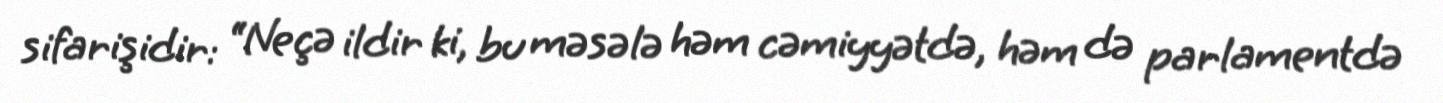
sifarişidir: “Neçə ildir ki, bu məsələ həm cəmiyyətdə, həm də parlamentdə